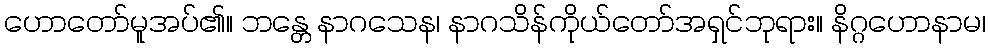
ဟောတော်မူအပ်၏။ ဘန္တေ နာဂသေန၊ နာဂသိန်ကိုယ်တော်အရှင်ဘုရား။ နိဂ္ဂဟောနာမ၊